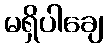
မရှိပါချေ